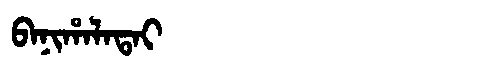
Manchu: ᠪᠠᠨᡳᡥᠠᠯᠠᡨᠠᡳ
Romanization: BANIHALATAI